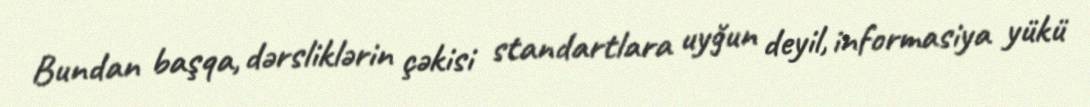
Bundan başqa, dərsliklərin çəkisi standartlara uyğun deyil, informasiya yükü